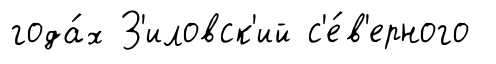
года́х З'иловск'ий с'е́в'ерного